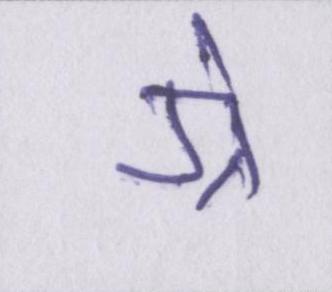
ग्रे